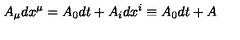
A _ { \mu } d x ^ { \mu } = A _ { 0 } d t + A _ { i } d x ^ { i } \equiv A _ { 0 } d t + A